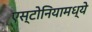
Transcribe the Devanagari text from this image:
एस्टोनियामध्ये